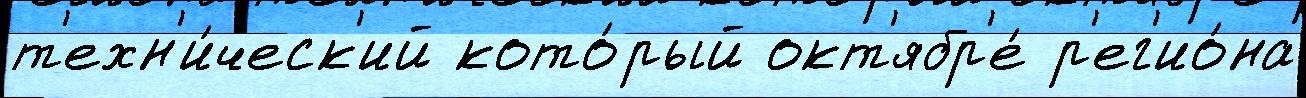
т'ехн'и́ческ'ий кото́рый окт'ябр'е́ р'ег'ио́на